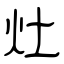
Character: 灶